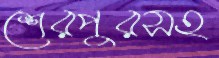
শেরপুরসহ